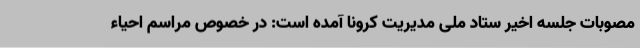
مصوبات جلسه اخیر ستاد ملی مدیریت کرونا آمده است: در خصوص مراسم احیاء